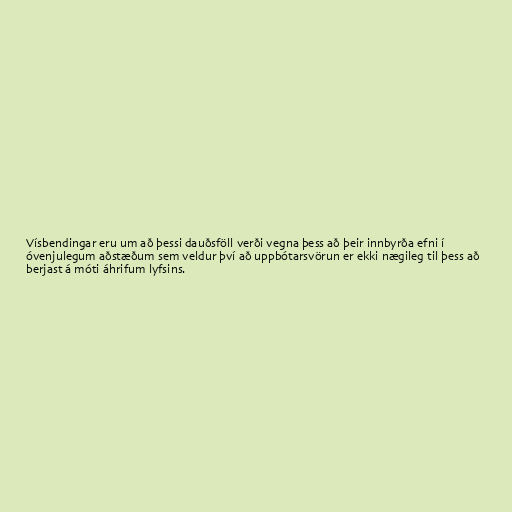
Vísbendingar eru um að þessi dauðsföll verði vegna þess að þeir innbyrða efni í
óvenjulegum aðstæðum sem veldur því að uppbótarsvörun er ekki nægileg til þess að
berjast á móti áhrifum lyfsins.